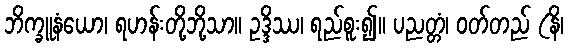
ဘိက္ခူနံယော၊ ရဟန်းတို့ဘို့သာ။ ဥဒ္ဒိဿ၊ ရည်စူး၍။ ပညတ္တံ၊ ဝတ်တည် (နိ၊